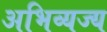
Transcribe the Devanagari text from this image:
अभिव्यज्य